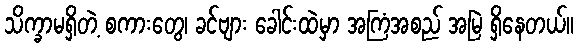
သိက္ခာမရှိတဲ့ စကားတွေ၊ ခင်ဗျား ခေါင်းထဲမှာ အကြံအစည် အမြဲ ရှိနေတယ်။